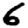
Digit: 6